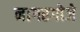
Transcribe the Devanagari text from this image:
नागरगोजे